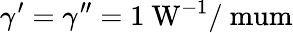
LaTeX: \gamma^{\prime}=\gamma^{\prime\prime}=1~\mathrm{W^{-1}/\ mum}